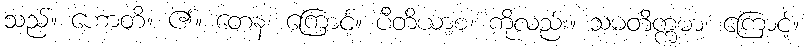
သည်။ ဟောတိ။ ၏။ တေန၊ ကြောင့်။ ပီတိယာစ၊ ကိုလည်း။ သမတိက္ကမာ၊ ကြောင့်။